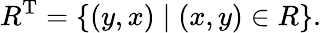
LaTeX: R^{\mathrm{T}}=\{ (y,x)\mid(x,y)\in R\} .